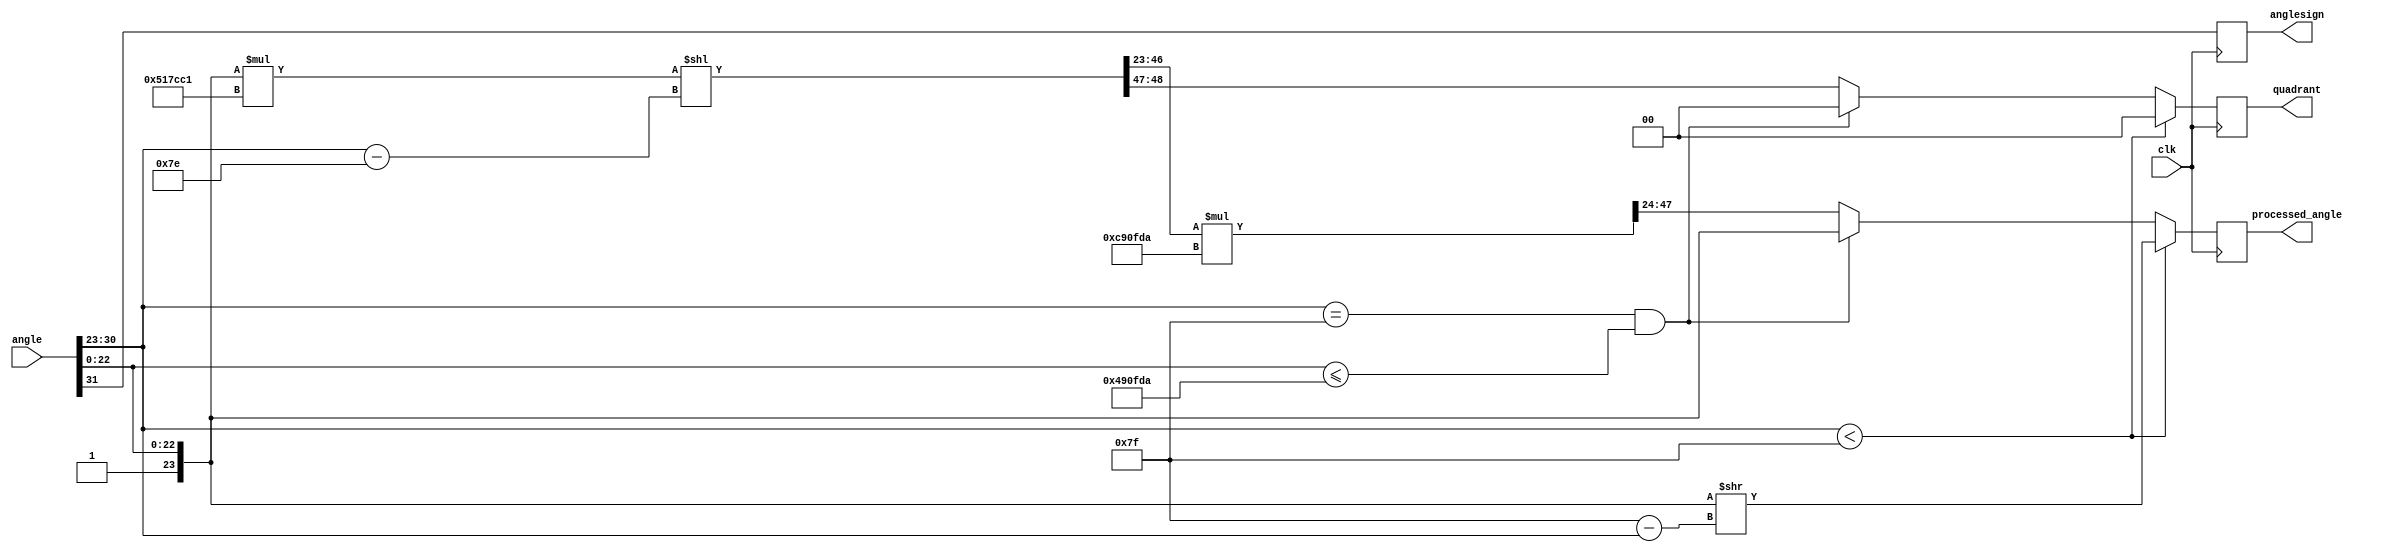

module angle_process (
    input clk,
    input [32-1:0] angle,
    output reg [24-1:0] processed_angle,
    output reg [1:0] quadrant,
    output reg anglesign
);

localparam BINARYPIFRAC = 23'b10010010000111111011010;
localparam ONEOVERPI = 25'b0010100010111110011000001;

wire [24-1:0] normalized_ang1;
wire [24-1:0] normalized_ang2;
wire [24-1:0] normalized_ang3;
wire [49-1:0] angle_over_pi;
wire [49-1:0] d;
wire [24-1:0] fracpart3;
wire [1:0] intpart3;

reg [24-1:0] processed_angle_o;
reg [1:0] quadrant_o;
always @(posedge clk) begin
    processed_angle <= processed_angle_o;
    quadrant <= quadrant_o;
    anglesign <= angle[31];
end

assign normalized_ang1 = {1'b1, angle[22:0]} >> (8'd127 - angle[30:23]);
assign normalized_ang2 = {1'b1, angle[22:0]};
assign angle_over_pi = ({1'b1, angle[22:0]} * ONEOVERPI) << (angle[30:23] - 8'd126);
assign fracpart3 = angle_over_pi[46:23];
assign intpart3 = angle_over_pi[48:47];
assign d = {1'b0, fracpart3} * {1'b1, BINARYPIFRAC};
assign normalized_ang3 = d[47:24];

always @(*) begin
    if (angle[30:23] < 8'd127) begin
        processed_angle_o = normalized_ang1;
        quadrant_o = 0;
    end else if (angle[30:23] == 11'd127 && angle[22:0] <= BINARYPIFRAC) begin
        processed_angle_o = normalized_ang2;
        quadrant_o = 0;
    end else begin
        processed_angle_o = normalized_ang3;
        quadrant_o = intpart3;
    end
end

endmodule